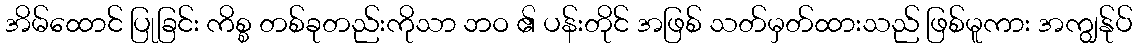
အိမ်ထောင် ပြုခြင်း ကိစ္စ တစ်ခုတည်းကိုသာ ဘဝ ၏ ပန်းတိုင် အဖြစ် သတ်မှတ်ထားသည် ဖြစ်မူကား အကျွန်ုပ်